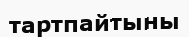
тартпайтыны